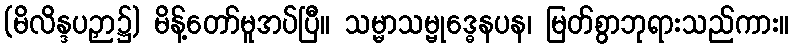
(မိလိန္ဒပဉှာ၌) မိန့်တော်မူအပ်ပြီ။ သမ္မာသမ္ဗုဒ္ဓေနပန၊ မြတ်စွာဘုရားသည်ကား။